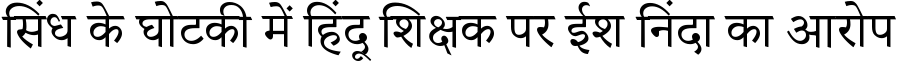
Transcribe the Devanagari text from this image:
सिंध के घोटकी में हिंदू शिक्षक पर ईश निंदा का आरोप